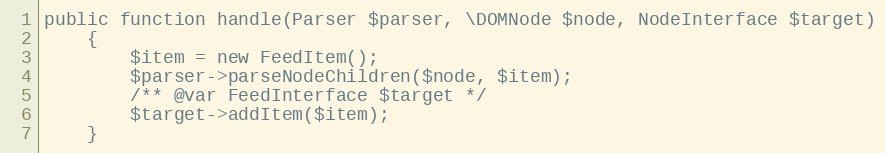
Language: PHP
public function handle(Parser $parser, \DOMNode $node, NodeInterface $target)
    {
        $item = new FeedItem();
        $parser->parseNodeChildren($node, $item);
        /** @var FeedInterface $target */
        $target->addItem($item);
    }